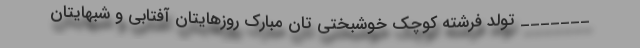
_______ تولد فرشته کوچک خوشبختی تان مبارک روزهایتان آفتابی و شبهایتان